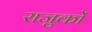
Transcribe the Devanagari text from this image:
राजुकों